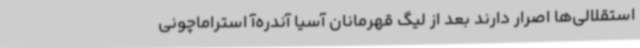
استقلالی‌ها اصرار دارند بعد از لیگ قهرمانان آسیا آندره‌آ استراماچونی